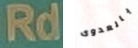
Rd بالعدوى